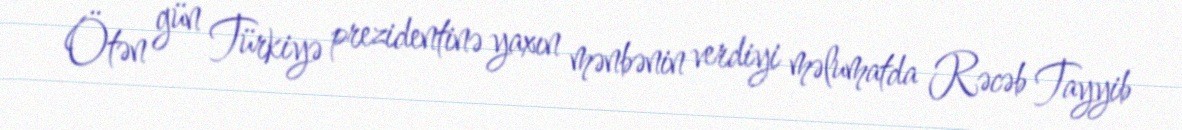
Ötən gün Türkiyə prezidentinə yaxın mənbənin verdiyi məlumatda Rəcəb Tayyib